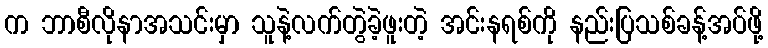
က ဘာစီလိုနာအသင်းမှာ သူနဲ့လက်တွဲခဲ့ဖူးတဲ့ အင်းနရစ်ကို နည်းပြသစ်ခန့်အပ်ဖို့